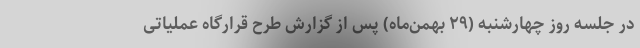
در جلسه روز چهارشنبه (۲۹ بهمن‌ماه) پس از گزارش طرح قرارگاه عملیاتی